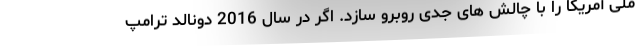
ملی آمریکا را با چالش های جدی روبرو سازد. اگر در سال 2016 دونالد ترامپ